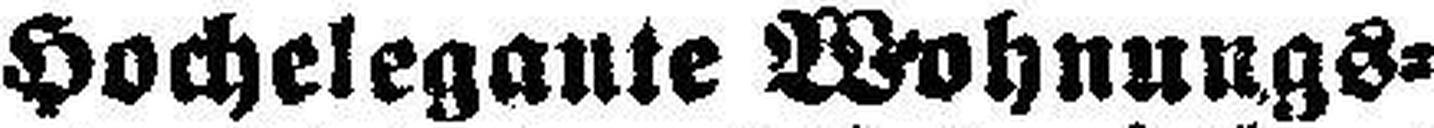
Hochelegante Wohnungs¬